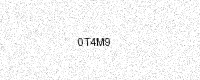
Text: 0T4M9